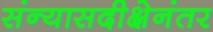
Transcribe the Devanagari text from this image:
संन्यासदीक्षेनंतर